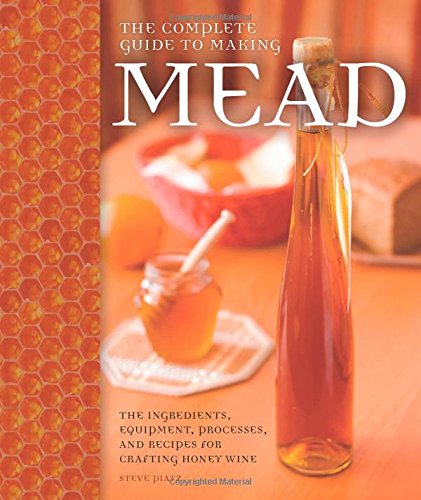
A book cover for The Complete Guide to Making Mead: The Ingredients, Equipment, Processes, and Recipes for Crafting Honey Wine; Steve Piatz; Cookbooks, Food & Wine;